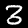
Digit: 3